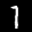
Label: 7